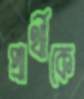
প্রার্থীকে